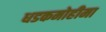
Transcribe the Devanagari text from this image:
धडकमोहीमा